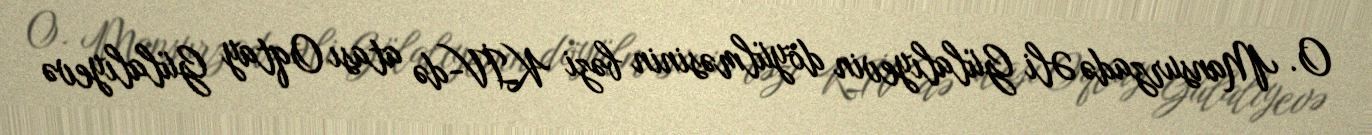
O. Mansurzadə Əli Gülalıyevin döyülməsinin bəzi KİV-də atası Oqtay Gülalıyevə